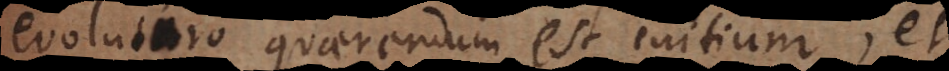
evoluturo quaerendum est initium; et